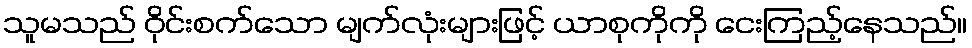
သူမသည် ဝိုင်းစက်သော မျက်လုံးများဖြင့် ယာစုကိုကို ငေးကြည့်နေသည်။